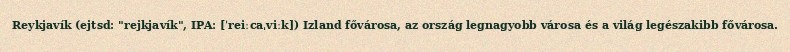
Reykjavík (ejtsd: "rejkjavík", IPA: [ˈreiːcaˌviːk]) Izland fővárosa, az ország legnagyobb városa és a világ legészakibb fővárosa.